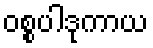
ဝစ္စပါဒုကာယ